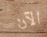
الآن